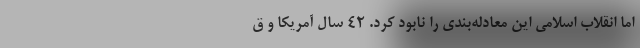
اما انقلاب اسلامی این معادله‌بندی را نابود کرد. ۴۲ سال آمریکا و ق